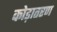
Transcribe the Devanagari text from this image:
कोड़ातरण